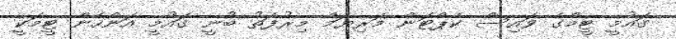
ގައުމީ ޓީމްގެ ވައިސް ކެޕްޓަން މަރިޔަމް މިރުފަތު ބުނީ ގައުމީ އަންހެން ޓީމަކީ